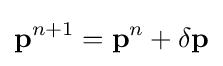
\mathbf {p} ^{n+1}=\mathbf {p} ^{n}+\delta \mathbf {p}